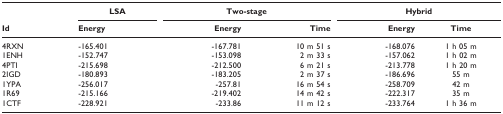
|  | <underline>LSA</underline> | <underline>Two-stage</underline> | <COLSPAN=2>  | <underline>Hybrid</underline> |
 | Id | Energy | Energy | Time | Energy | Time |
 | --- | --- | --- | --- | --- | --- |
 | 4RXN | -165.401 | -167.781 | 10 m 51 s | -168.076 | 1 h 05 m |
 | 1ENH | -152.747 | -153.098 | 2 m 33 s | -157.062 | 1 h 02 m |
 | 4PTI | -215.698 | -212.500 | 6 m 21 s | -213.778 | 1 h 20 m |
 | 2IGD | -180.893 | -183.205 | 2 m 37 s | -186.696 | 55 m |
 | 1YPA | -256.017 | -257.81 | 16 m 54 s | -258.709 | 42 m |
 | 1R69 | -215.166 | -219.402 | 14 m 42 s | -222.317 | 35 m |
 | 1CTF | -228.921 | -233.86 | 11 m 12 s | -233.764 | 1 h 36 m |